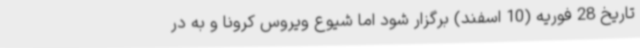
تاریخ 28 فوریه (10 اسفند) برگزار شود اما شیوع ویروس کرونا و به در